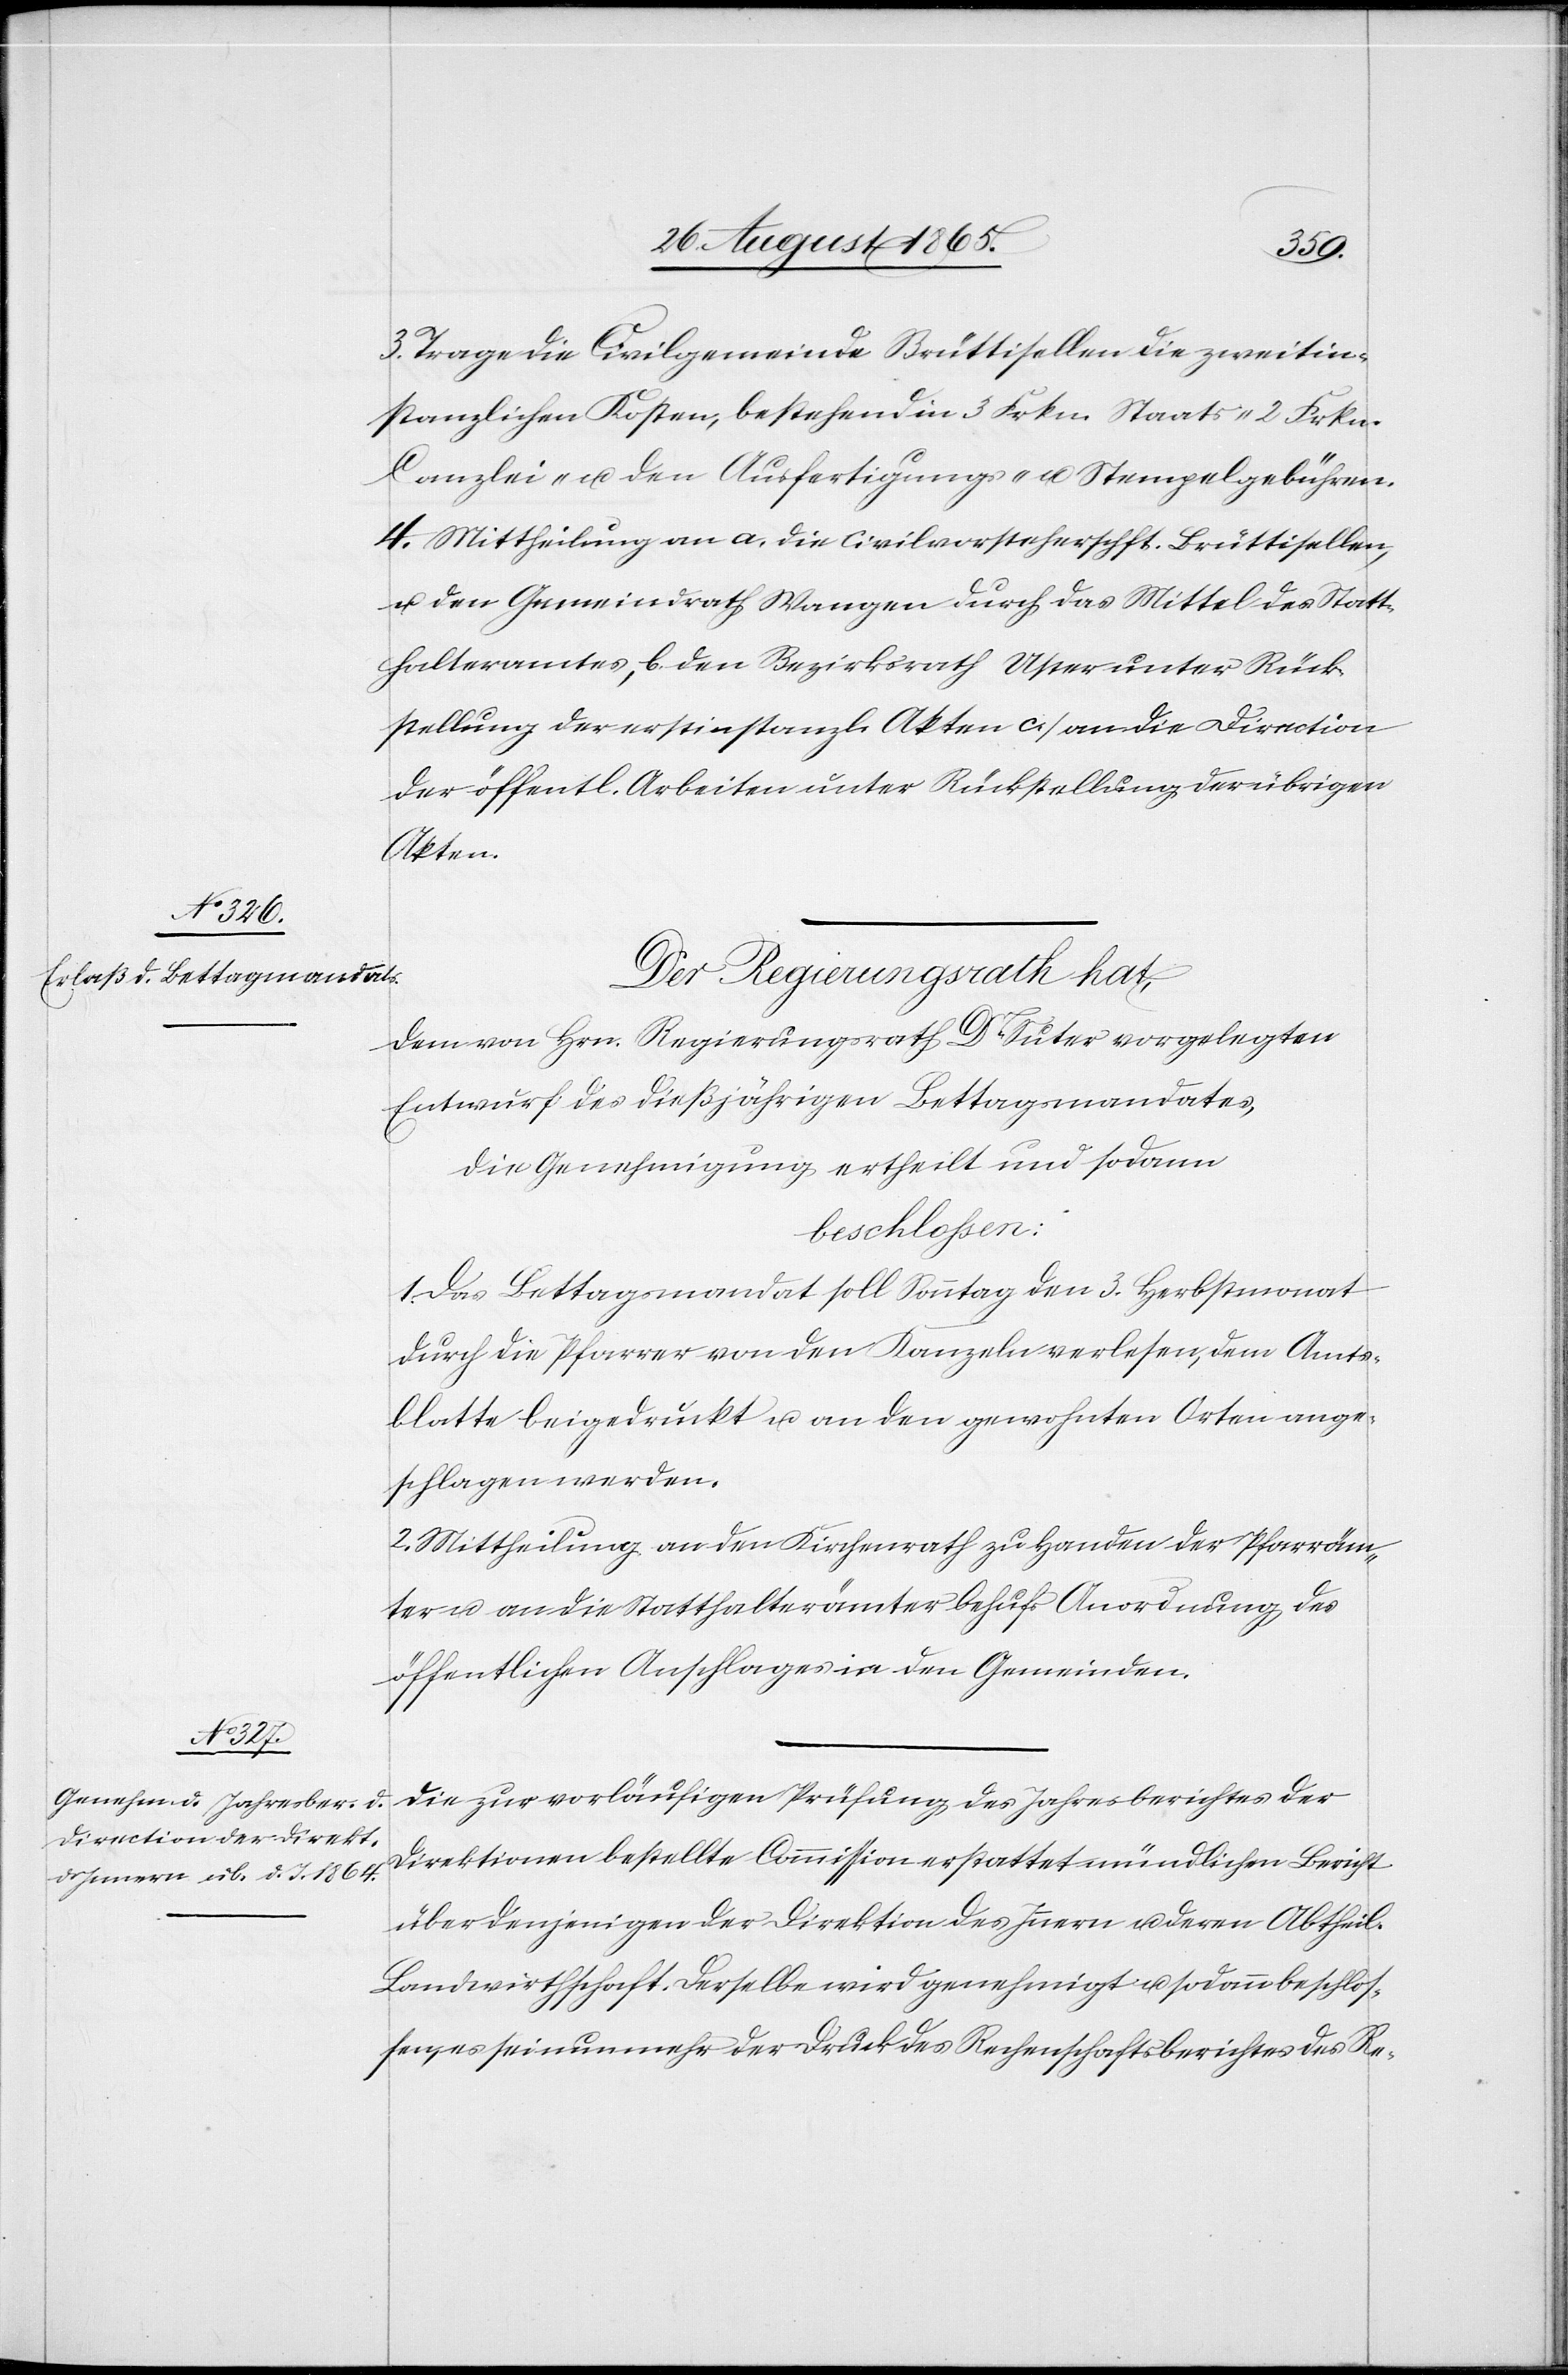
3. Trage die Civilgemeinde Brüttisellen die zweitin¬
stanzlichen Kosten, bestehend in 3 Frkn. Staats-[,] 2 Frkn.
Canzlei- u. den Ausfertigungs- u. Stempelgebühren.
4. Mittheilung an a. die Civilvorsteherschft. Brüttisellen,
u. den Gemeindrath Wangen durch das Mittel des Statt¬
halteramtes, b. den Bezirksrath Uster unter Rück¬
stellung der erstinstanzl. Akten c. an die Direktion
der öffentl. Arbeiten unter Rückstellung der übrigen
Akten.
Der Regierungsrath hat,
dem von Hrn. Regierungsrath Dr Suter vorgelegten
Entwurf des dießjährigen Bettagsmandates,
die Genehmigung ertheilt und sodann
beschlossen:
1. Das Bettagsmandat soll Sonntag den 3. Herbstmonat
durch die Pfarrer von den Kanzeln verlesen, dem Amts¬
blatte beigedruckt u. an den gewohnten Orten ange¬
schlagen werden.
2. Mittheilung an den Kirchenrath zu Handen der Pfarräm¬
ter u. an die Statthalterämter behufs Anordnung des
öffentlichen Anschlages in den Gemeinden.
Die zur vorläufigen Prüfung des Jahresberichtes der
Direktionen bestellte Commission erstattet mündlichen Bericht
über denjenigen der Direktion des Innern u. deren Abtheil.
Landwirtschaft. Derselbe wird genehmigt u. sodann beschlos¬
sen es sei nunmehr der Druck des Rechenschaftsberichtes des Re-